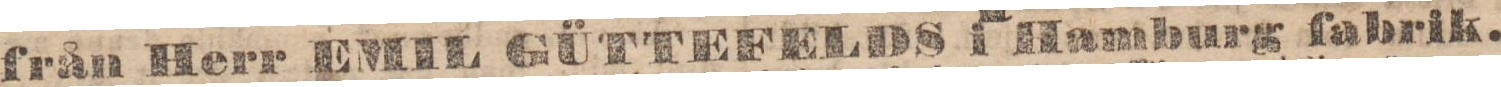
från Herr EMIL GÜTTEFELDS i Hamburg fabrik.